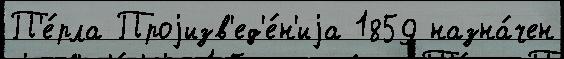
П'е́рла Проjизв'ед'е́н'иjа 1859 назна́чен